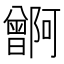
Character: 𬁭